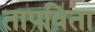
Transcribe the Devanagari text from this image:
तापविता